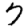
Digit: 7